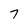
Character: 7